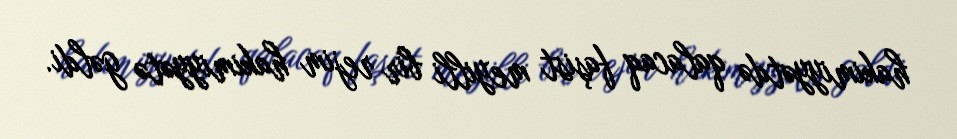
hakimiyyətdə qalacaq faşist meyilli bir rejim hakimiyyətə gəldi.